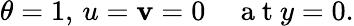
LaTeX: \theta=1,\, u=\mathbf{v}=0\quad\mathrm{{~a~t~}}y=0.